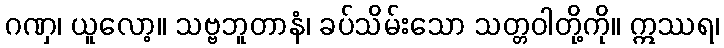
ဂဏှ၊ ယူလော့။ သဗ္ဗဘူတာနံ၊ ခပ်သိမ်းသော သတ္တဝါတို့ကို။ ဣဿရ၊